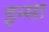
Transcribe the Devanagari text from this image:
इन्सा